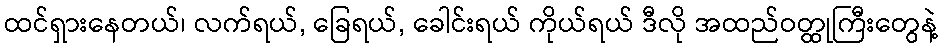
ထင်ရှားနေတယ်၊ လက်ရယ်, ခြေရယ်, ခေါင်းရယ် ကိုယ်ရယ် ဒီလို အထည်ဝတ္ထုကြီးတွေနဲ့